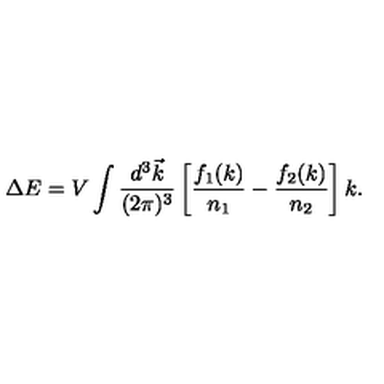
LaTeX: \Delta E = V \int { \frac { d ^ { 3 } \vec { k } } { ( 2 \pi ) ^ { 3 } } } \left[ { \frac { f _ { 1 } ( k ) } { n _ { 1 } } } - { \frac { f _ { 2 } ( k ) } { n _ { 2 } } } \right] k .